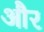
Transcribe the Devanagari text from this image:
और